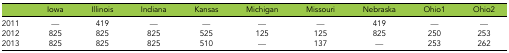
<table><thead><tr><td></td><td><b>Iowa</b></td><td><b>Illinois</b></td><td><b>Indiana</b></td><td><b>Kansas</b></td><td><b>Michigan</b></td><td><b>Missouri</b></td><td><b>Nebraska</b></td><td><b>Ohio1</b></td><td><b>Ohio2</b></td></tr></thead><tbody><tr><td>2011</td><td>—</td><td>419</td><td>—</td><td>—</td><td>—</td><td>—</td><td>419</td><td>—</td><td>—</td></tr><tr><td>2012</td><td>825</td><td>825</td><td>825</td><td>525</td><td>125</td><td>125</td><td>825</td><td>250</td><td>253</td></tr><tr><td>2013</td><td>825</td><td>825</td><td>825</td><td>510</td><td>—</td><td>137</td><td>—</td><td>253</td><td>262</td></tr></tbody></table>